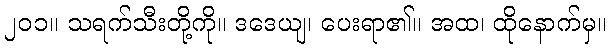
၂၀၁။ သရက်သီးတို့ကို။ ဒဒေယျ၊ ပေးရာ၏။ အထ၊ ထိုနောက်မှ။